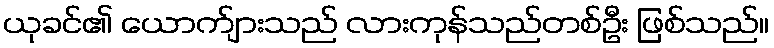
ယုခင်၏ ယောက်ျားသည် လားကုန်သည်တစ်ဦး ဖြစ်သည်။